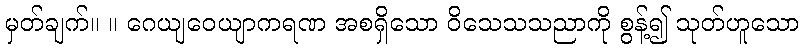
မှတ်ချက်။ ။ ဂေယျဝေယျာကရဏ အစရှိသော ဝိသေသသညာကို စွန့်၍ သုတ်ဟူသော